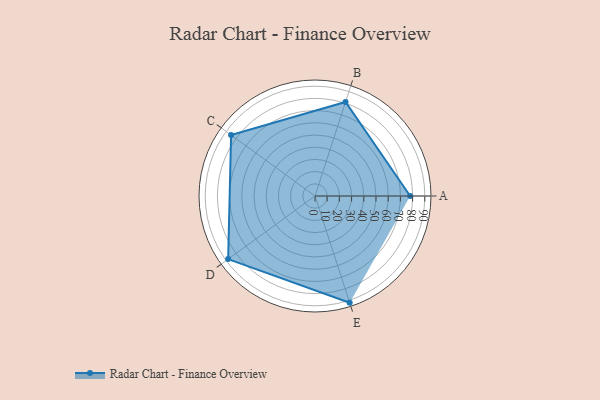
{"axis": {"x": "Skill", "y": "Score"}, "legend": ["Profile"], "data": [{"x": "A", "y": 78.0, "type": "Profile"}, {"x": "B", "y": 81.0, "type": "Profile"}, {"x": "C", "y": 85.0, "type": "Profile"}, {"x": "D", "y": 88.0, "type": "Profile"}, {"x": "E", "y": 92.0, "type": "Profile"}]}